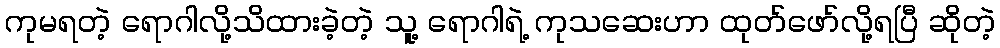
ကုမရတဲ့ ရောဂါလို့သိထားခဲ့တဲ့ သူ့ ရောဂါရဲ့ ကုသဆေးဟာ ထုတ်ဖော်လို့ရပြီ ဆိုတဲ့